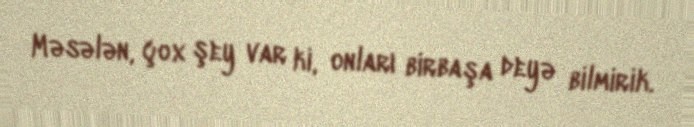
Məsələn, çox şey var ki, onları birbaşa deyə bilmirik.